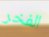
الفخر